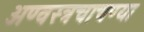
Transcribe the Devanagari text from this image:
अण्वस्त्रचाचण्या